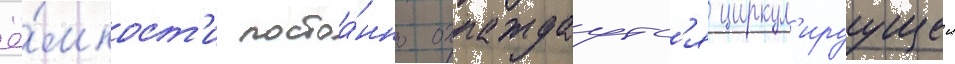
ё́мкост'и постоа́нно охлаждаутс'я циркул'ируущеи